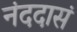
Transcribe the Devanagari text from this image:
नंददासं